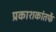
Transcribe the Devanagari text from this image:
प्रकाशकांतर्फे